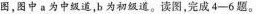
图，图中a为中级道，b为初级道。读图，完成4-6题。